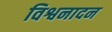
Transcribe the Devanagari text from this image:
विश्वनादन